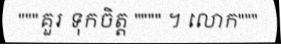
"""គួរ ទុកចិត្ត """" ។ លោក"""